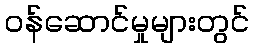
ဝန်ဆောင်မှုများတွင်